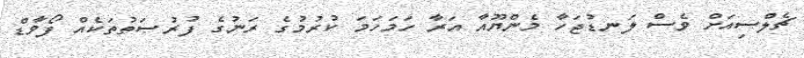
ޗެލްސިއަށް ވެސް ލަނޑުޖަހާ މެންޔޫއާ އަރާ ހަމަހަމަ ކުރުމުގެ ރަނުގެ ފުރުޞަތުތަކެއް ފޯވާޑް